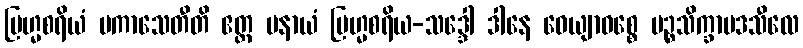
ဗြဟ္မစရိယံ ပကာသေတီတိ ဧတ္ထ ပနာယံ ဗြဟ္မစရိယ-သဒ္ဒေါ ဒါနေ ဝေယျာဝစ္စေ ပဉ္စသိက္ခာပဒသီလေ